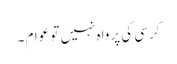
کرسی کی پرواہ نہیں تو عوام ۔